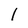
Character: l